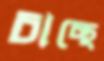
চাচ্ছে